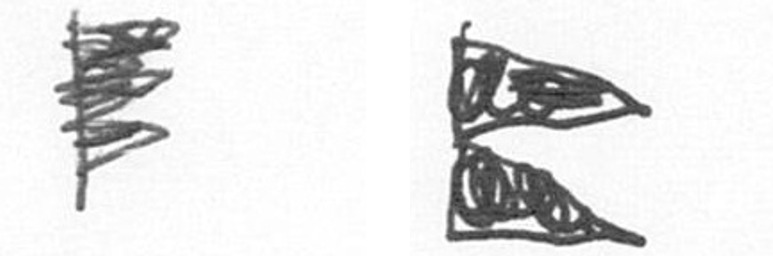
H P